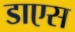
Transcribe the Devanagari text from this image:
डाएस